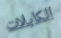
الكابلات